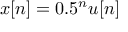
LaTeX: \ x [ n ] = 0 . 5 ^ { n } u [ n ]